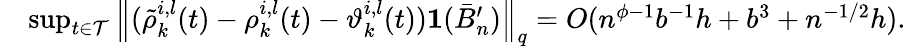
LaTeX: \begin{array}{rl}&{\operatorname*{sup}_{t\in\mathcal{T}}\left\| (\tilde{\rho}_{k}^{i,l}(t)-\rho_{k}^{i,l}(t)-\vartheta_{k}^{i,l}(t))\mathbf 1(\bar{B}_{n}^{\prime})\right\| _{q}=O(n^{\phi-1}b^{-1}h+b^{3}+n^{-1/2}h).}\end{array}